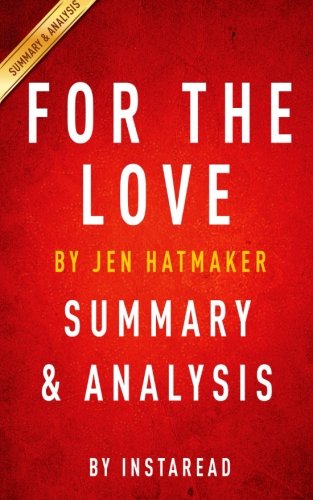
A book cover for For the Love: by Jen Hatmaker | Summary & Analysis: Fighting for Grace in a World of Impossible Standards; Instaread; Christian Books & Bibles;